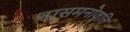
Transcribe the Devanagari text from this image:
दासमनोवृत्ति